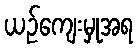
ယဉ်ကျေးမှုအရ